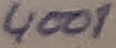
Text: 4001